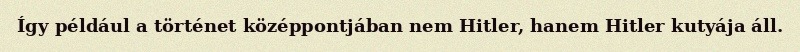
Így például a történet középpontjában nem Hitler, hanem Hitler kutyája áll.